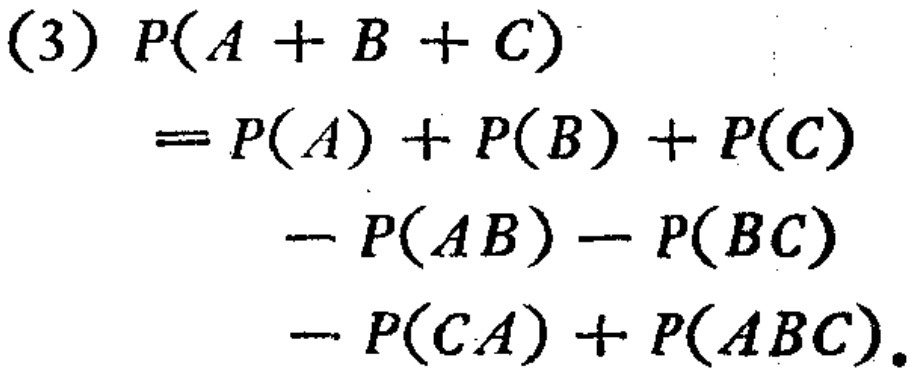
(3) \(P(A + B + C)\)

\(= P(A)+P(B)+P(C)\)

\(-P(AB)-P(BC)\)

\(-P(CA)+P(ABC)\).